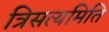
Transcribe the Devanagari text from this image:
त्रिसत्यमिति